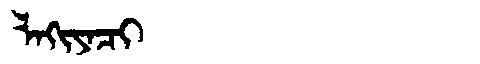
Manchu: ᠯᠠᡴᡳᠶᠠᠴᡳ
Romanization: LAKIYACI